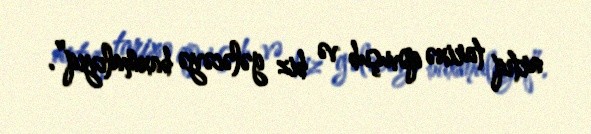
artıq tarixə qovuşub və biz gələcəyə baxmalıyıq”.